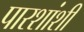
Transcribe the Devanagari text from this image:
पारशांशी